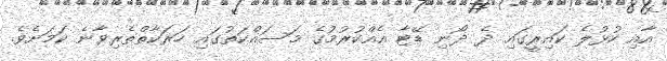
އާއި ހުޅުލެ ކައިރީގައި ދެ ދޯނި ޑޭޓާ އެއްކުރުމުގެ މަސައްކަތުގައި ހަރަކާތްތެރިވާނެ ކަމަށެވެ.